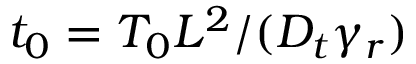
t _ { 0 } = T _ { 0 } L ^ { 2 } / ( D _ { t } \gamma _ { r } )